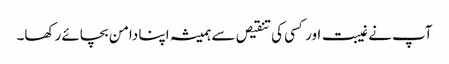
آپ نے غیبت اور کسی کی تنقیص سے ہمیشہ اپنا دامن بچائے رکھا۔